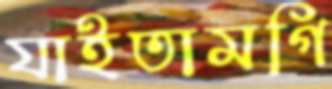
যাইতামগি